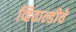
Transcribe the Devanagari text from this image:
व्हिवाल्डीचे